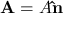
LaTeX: \mathbf { A } = A \mathbf { \hat { n } }